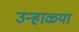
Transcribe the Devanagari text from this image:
उन्हाळ्या